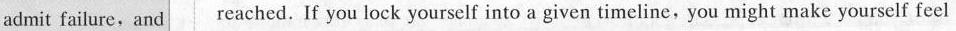
admit failure, and reached. If you lock yourself into a given timeline,you might make yourself feel